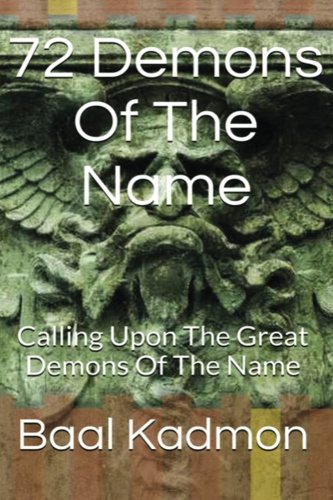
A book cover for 72 Demons Of The Name: Calling Upon The Great Demons Of The Name (Sacred Names) (Volume 5); Baal Kadmon; Religion & Spirituality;